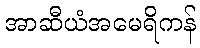
အာဆီယံအမေရိကန်